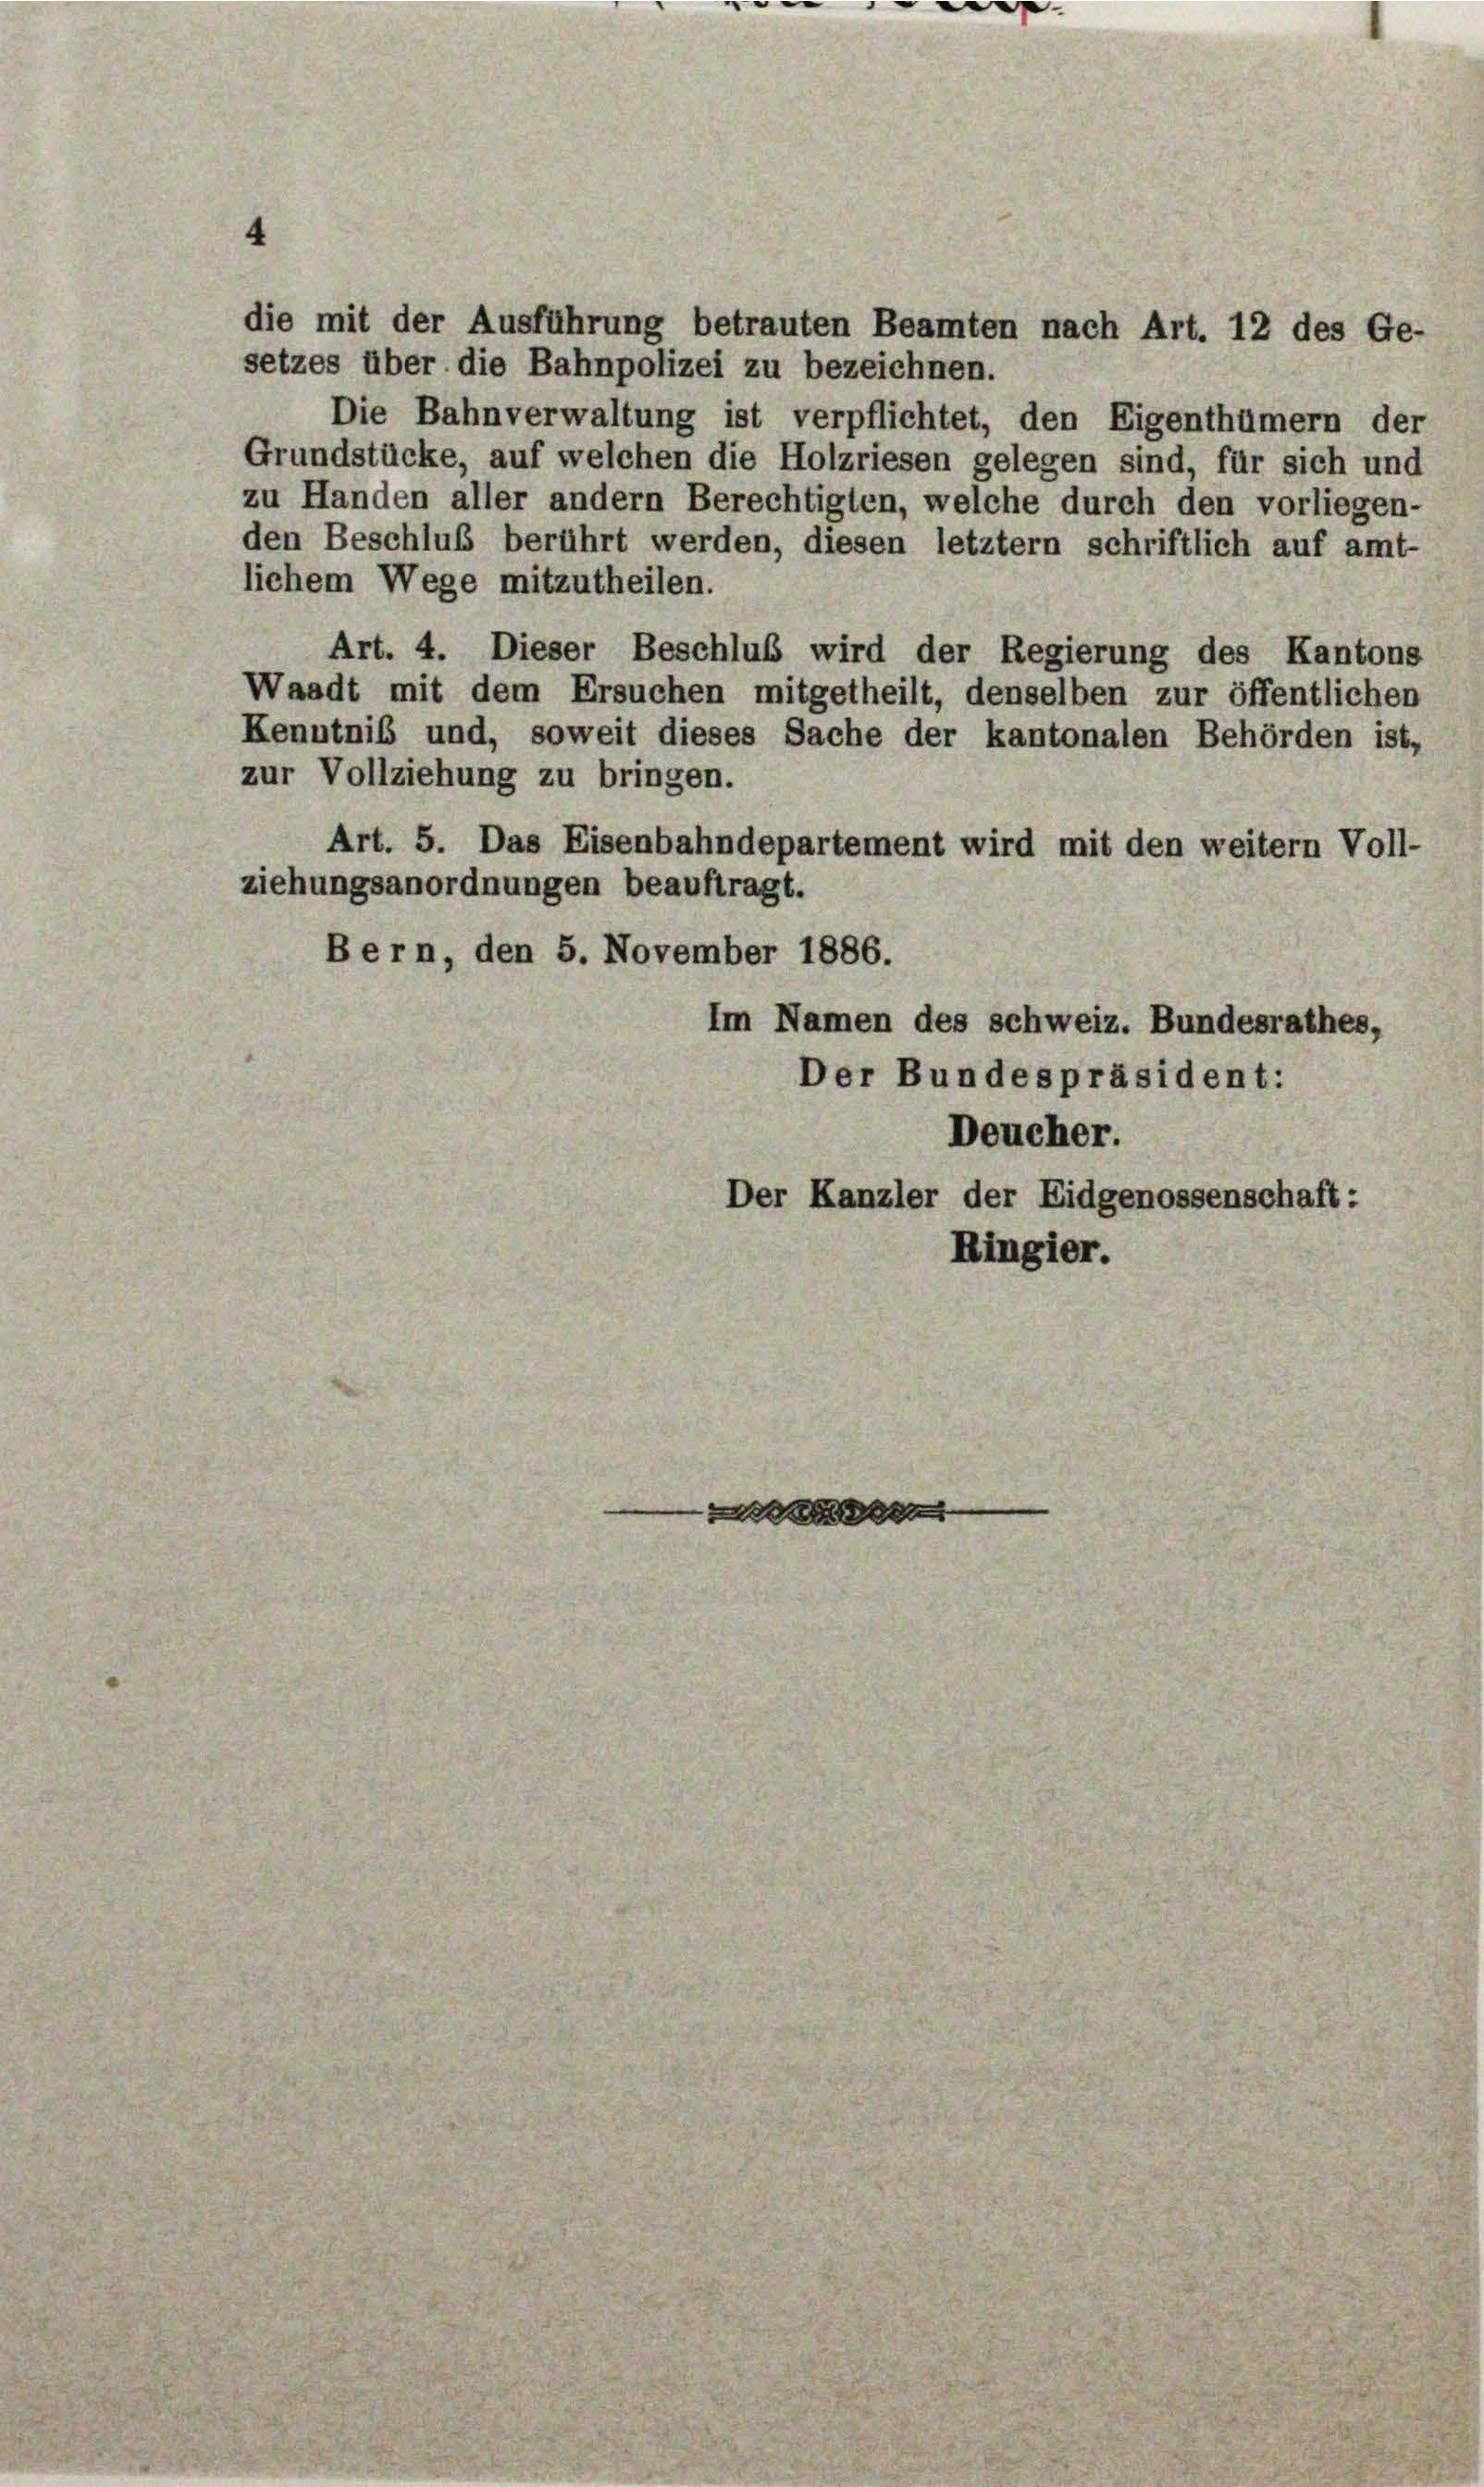
die mit der Ausführung betrauten Beamten nach Art. 12 des Ge-
setzes über die Bahnpolizei zu bezeichnen.
Die Bahnverwaltung ist verpflichtet, den Eigenthümern der
Grundstücke, auf welchen die Holzriesen gelegen sind, für sich und
zu Handen aller andern Berechtigten, welche durch den vorliegen-
den Beschluß berührt werden, diesen letztem schriftlich auf amt-
lichem Wege mitzutheilen.
Art. 4. Dieser Beschluß wird der Regierung des Kantons
Waadt mit dem Ersuchen mitgetheilt, denselben zur öffentlichen
Kenntnis und, soweit dieses Sache der kantonalen Behörden ist,
zur Vollziehung zu bringen.
Art. 5. Das Eisenbahndepartement wird mit den weitern Voll-
ziehungsanordnungen beauftragt.
Bern, den 5. November 1886.
Im Namen des schweiz. Bundesrath
Der Bundespräsident:

e

Deucher.
Der Kanzler der Eidgenossenschaft